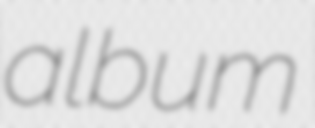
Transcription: album